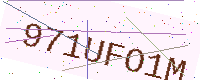
Text: 971UFO1M